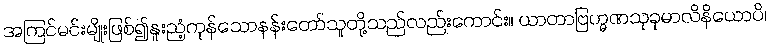
အကြင်မင်းမျိုးဖြစ်၍နူးညံ့ကုန်သောနန်းတော်သူတို့သည်လည်းကောင်း။ ယာတာဗြဟ္မဏသုခုမာလိနိယောပိ၊